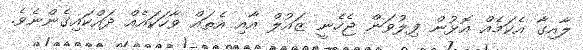
ލާއިގާ އެކަމެއް އޮޅުން ފިލުވަން ޖެހެނީ ޒައުލް އާއި އެތައް ވާހަކައެއް ދައްކައިގެންނެވެ.